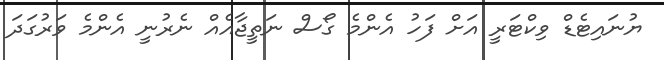
ޔުނައިޓެޑް ވިކްޓަރީ އަށް ފަހު އެންމެ ގޯސް ނަތީޖާއެއް ނެރުނީ އެންމެ ވަރުގަދަ